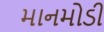
માનમોડી